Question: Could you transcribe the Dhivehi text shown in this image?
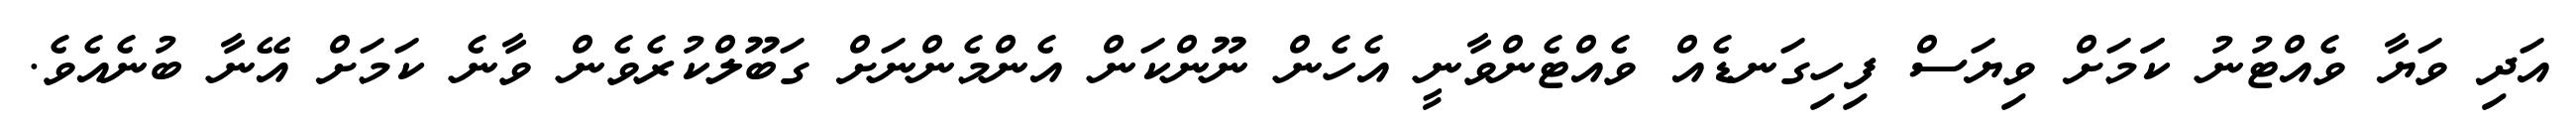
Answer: އަދި ވަޔާ ވެއްޓުނު ކަަމަށް ވިޔަސް ފިހިގަނޑެއް ވެއްޓެންވާނީ އެހެން ނޫންކަން އެންމެންނަށް ގަބޫލްކުރެވެން ވާނެ ކަމަށް އޭނާ ބުނެއެވެ.